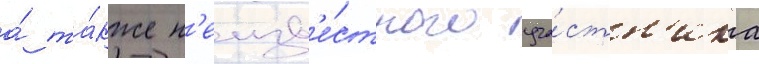
а́ та́кже н'еизв'е́стного уча́стн'ика